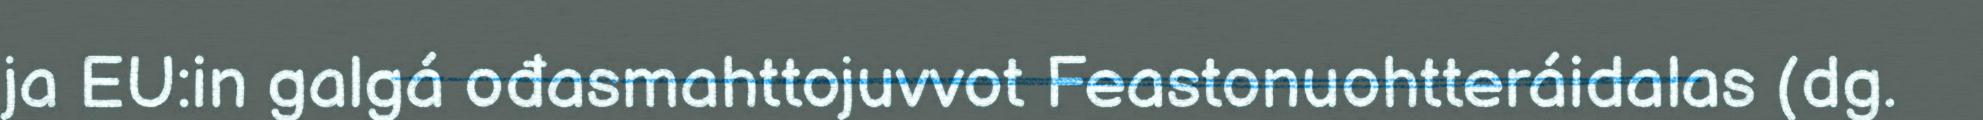
ja EU:in galgá ođasmahttojuvvot Feastonuohtteráidalas (dg.